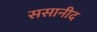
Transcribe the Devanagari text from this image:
ससानीद